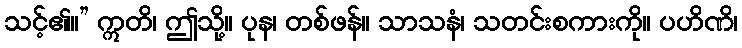
သင့်၏။” ဣတိ၊ ဤသို့။ ပုန၊ တစ်ဖန်။ သာသနံ၊ သတင်းစကားကို။ ပဟိဏိ၊